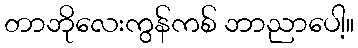
တာဘိုလေးကွန်ကစ် ဘာညာပေါ့။